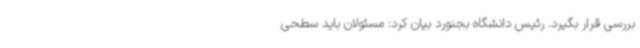
بررسی قرار بگیرد. رئیس دانشگاه بجنورد بیان کرد: مسئولان باید سطحی